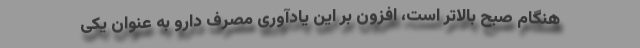
هنگام صبح بالاتر است، افزون بر این یادآوری مصرف دارو به عنوان یکی